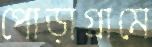
পোড়াগ্রামে